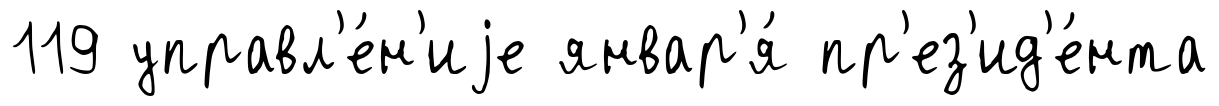
119 управл'е́н'иjе январ'я́ пр'ез'ид'е́нта